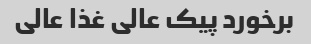
برخورد پیک عالی غذا عالی